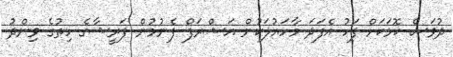
ދުވަސް ކޮޅަކަށް ފަހު އެފަދަ މާހައުލަކުން އަޝްރަފް ފެނުމުން ފަރީޝާގެ ހިތުގެ ވިންދު